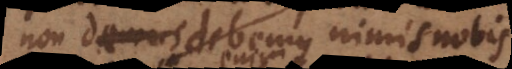
non debemus nimis nobis